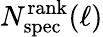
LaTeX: N_{\mathrm{spec}}^{\mathrm{rank}}(\ell)